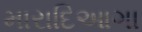
મારાદિઆગા